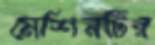
মেশিনটির